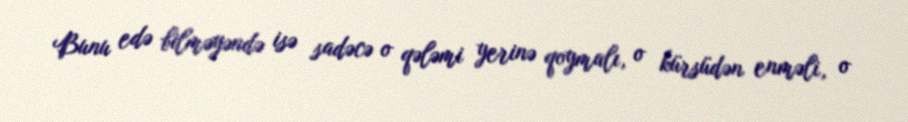
Bunu edə bilməyəndə isə sadəcə o qələmi yerinə qoymalı, o kürsüdən enməli, o